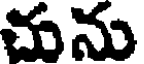
చును